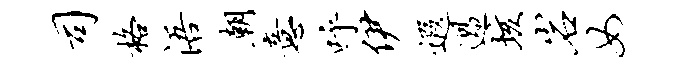
司格浯朝意呼伊遐过垓岩女